Senior Leaving Certificate Examination (including Day School Certificate (Higher) General paper), 1950
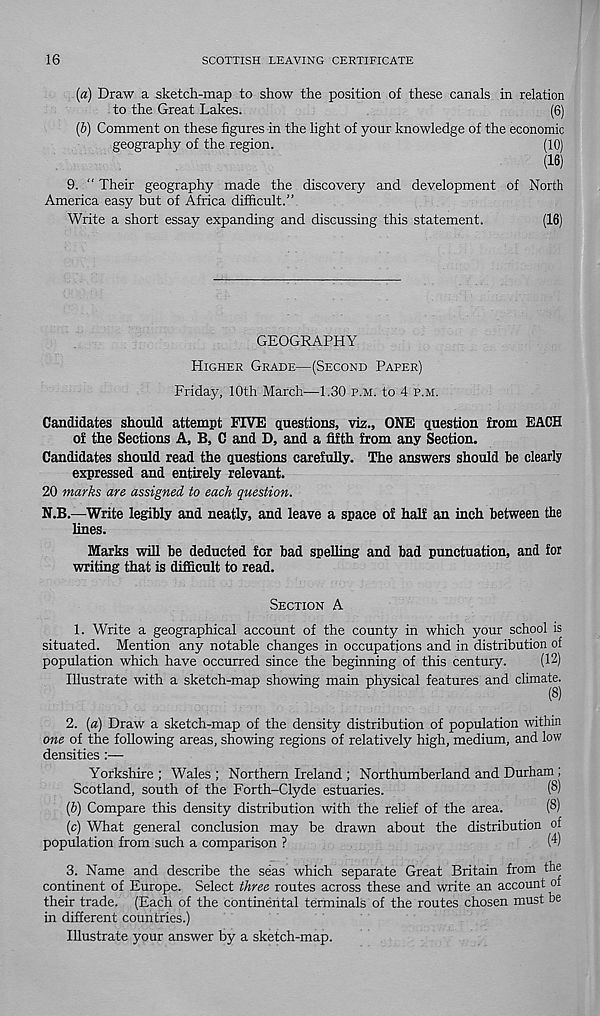
16
SCOTTISH LEAVING CERTIFICATE
(a) Draw a sketch-map to show the position of these canals in relation
to the Great Lakes.
(6)
(b) Comment on these figures in the light of your knowledge of the economic
geography of the region.
(10)
(16)
9. “ Their geography made the discovery and development of North
America easy but of Africa difficult.”
Write a short essay expanding and discussing this statement.
(16)
GEOGRAPHY
HIGHER GRADE—(SECOND PAPER)
Friday, 10th March—1.30 P.M. to 4 P.M.
Candidates should attempt FIVE questions, viz., ONE question from EACH
of the Sections A, B, C and D, and a fifth from any Section.
Candidates should read the questions carefully. The answers should be clearly
expressed and entirely relevant.
20 marks are assigned to each question.
N.B.—Write legibly and neatly, and leave a space of half an inch between the
lines.
Marks will be deducted for bad spelling and bad punctuation, and for
writing that is difficult to read.
SECTION A
1.
Write a geographical account of the county in w
situated. Mention any notable changes in occupations and in distribution of
population which have occurred since the beginning of this century.
(12)
Illustrate with a sketch-map showing main physical features and climate.
2.
{a) Draw a sketch-map of the density distribution of
one of the following areas, showing regions of relatively high, medium, and low
densities :—
Yorkshire ; Wales ; Northern Ireland ; Northumberland and Durham ;
Scotland, south of the Forth-Clyde estuaries.
(®)
{b) Compare this density distribution with the relief of the area.
(8)
(c)
What general conclusion may be drawn about t
population from such a comparison ?
(4)
3.
Name and describe the seas which separate Great
continent of Europe. Select three routes across these and write an account of
their trade. (Each of the continental terminals of the routes chosen must be
in different countries.)
Illustrate your answer by a sketch-map.